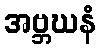
အဗ္ဘဃနံ